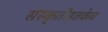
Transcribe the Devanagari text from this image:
संस्कृतीइतकेच